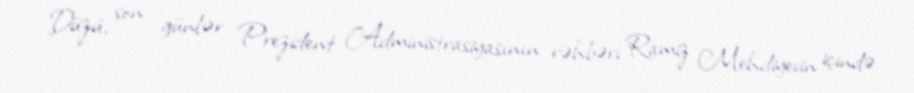
Düzü, son günlər Prezident Administrasiyasının rəhbəri Ramiz Mehdiyevin içində